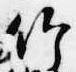
竹